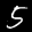
Label: 5